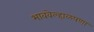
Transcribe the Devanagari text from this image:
भाववेल्हाळपणा